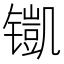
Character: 𮸢